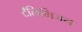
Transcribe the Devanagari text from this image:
टॅलिभिजन